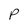
Character: p